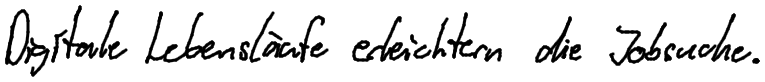
Digitale Lebensläufe erleichtern die Jobsuche.